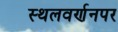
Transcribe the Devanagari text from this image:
स्थलवर्णनपर